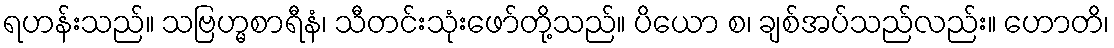
ရဟန်းသည်။ သဗြဟ္မစာရီနံ၊ သီတင်းသုံးဖော်တို့သည်။ ပိယော စ၊ ချစ်အပ်သည်လည်း။ ဟောတိ၊